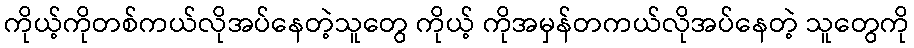
ကိုယ့်ကိုတစ်ကယ်လိုအပ်နေတဲ့သူတွေ ကိုယ့် ကိုအမှန်တကယ်လိုအပ်နေတဲ့ သူတွေကို